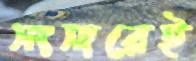
সংসারেই